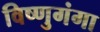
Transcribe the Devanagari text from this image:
विष्णुगंगा